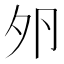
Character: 𡖉